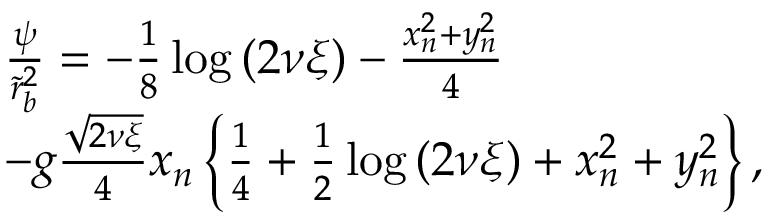
\begin{array} { r l } & { \frac { \psi } { \tilde { r } _ { b } ^ { 2 } } = - \frac { 1 } { 8 } \log \left( 2 \nu \xi \right) - \frac { x _ { n } ^ { 2 } + y _ { n } ^ { 2 } } { 4 } } \\ & { - g \frac { \sqrt { 2 \nu \xi } } { 4 } x _ { n } \left\{ \frac { 1 } { 4 } + \frac { 1 } { 2 } \log \left( 2 \nu \xi \right) + x _ { n } ^ { 2 } + y _ { n } ^ { 2 } \right\} , } \end{array}